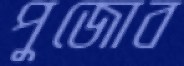
পুজোব